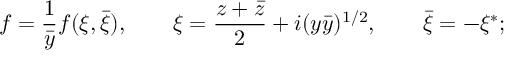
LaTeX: f = \frac { 1 } { \bar { y } } f ( \xi , \bar { \xi } ) , \qquad \xi = \frac { z + \bar { z } } { 2 } + i ( y \bar { y } ) ^ { 1 / 2 } , \qquad \bar { \xi } = - \xi ^ { * } ;